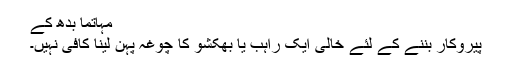
مہاتما بدھ کے
پیروکار بننے کے لئے خالی ایک راہب یا بھکشو کا چوغہ پہن لینا کافی نہیں۔